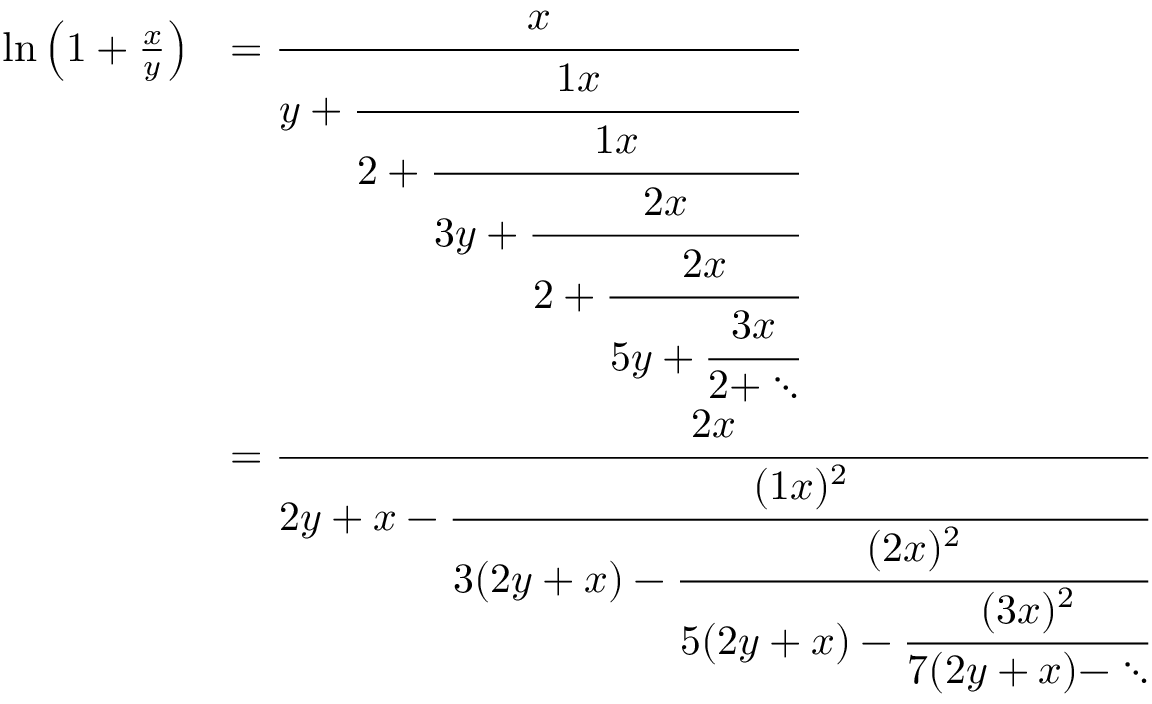
{ \begin{array} { r l } { \ln \left( 1 + { \frac { x } { y } } \right) } & { = { \cfrac { x } { y + { \cfrac { 1 x } { 2 + { \cfrac { 1 x } { 3 y + { \cfrac { 2 x } { 2 + { \cfrac { 2 x } { 5 y + { \cfrac { 3 x } { 2 + \ddots } } } } } } } } } } } } } \\ & { = { \cfrac { 2 x } { 2 y + x - { \cfrac { ( 1 x ) ^ { 2 } } { 3 ( 2 y + x ) - { \cfrac { ( 2 x ) ^ { 2 } } { 5 ( 2 y + x ) - { \cfrac { ( 3 x ) ^ { 2 } } { 7 ( 2 y + x ) - \ddots } } } } } } } } } \end{array} }